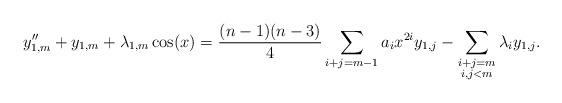
LaTeX: \begin{align*}y_{1,m}''+y_{1,m}+\lambda_{1,m}\cos(x)=\frac{(n-1)(n-3)}{4}\sum_{i+j=m-1}a_{i}x^{2i}y_{1,j}-\sum_{\substack{i+j=m \\ i,j< m}}\lambda_iy_{1,j}.\end{align*}